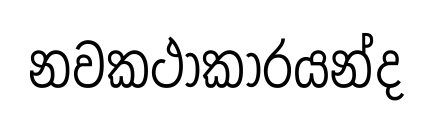
නවකථාකාරයන්ද